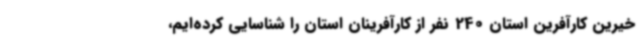
خیرین کارآفرین استان 240 نفر از کارآفرینان استان را شناسایی کرده‌ایم،